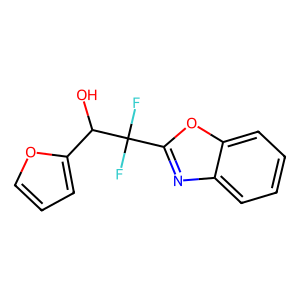
SMILES: OC(c1ccco1)C(F)(F)c1nc2ccccc2o1
Inhibits HIV replication: No